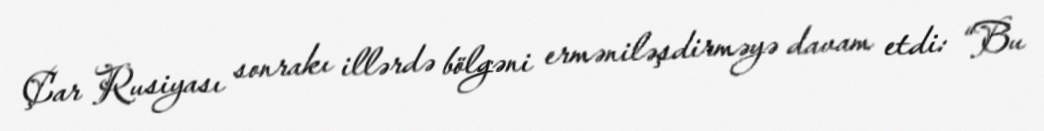
Çar Rusiyası sonrakı illərdə bölgəni erməniləşdirməyə davam etdi: “Bu